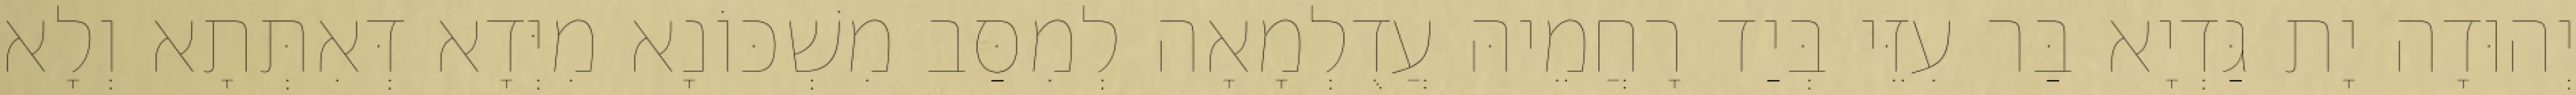
יְהוּדָה יָת גַּדְיָא בַּר עִזֵּי בְּיַד רָחֲמֵיהּ עֲדֻלְמָאָה לְמִסַּב מִשְׁכּוֹנָא מִיְּדָא דְּאִתְּתָא וְלָא